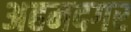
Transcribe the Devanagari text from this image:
अहमदगर